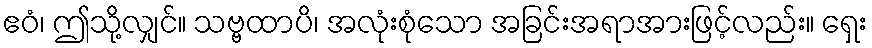
ဧဝံ၊ ဤသို့လျှင်။ သဗ္ဗထာပိ၊ အလုံးစုံသော အခြင်းအရာအားဖြင့်လည်း။ ရှေး